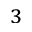
_ { 3 }